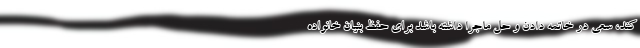
کند، سعی در خاتمه دادن و حل ماجرا داشته باشد برای حفظ بنیان خانواده